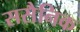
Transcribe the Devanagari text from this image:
ससैनिक